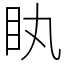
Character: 䀓